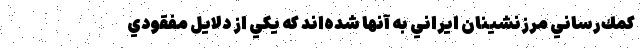
كمك‌رساني مرزنشينان ايراني به آنها شده‌‌اند كه يكي از دلايل مفقودي